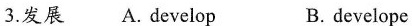
3.发展 A.develop B.develope